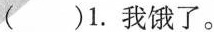
( )1. 我饿了。